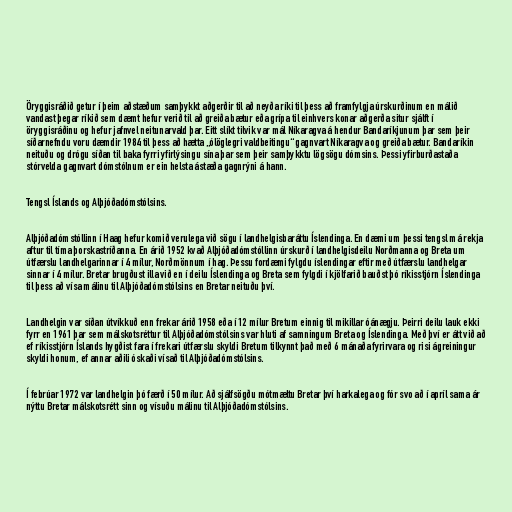
Öryggisráðið getur í þeim aðstæðum samþykkt aðgerðir til að neyða ríki til þess að framfylgja úrskurðinum en málið
vandast þegar ríkið sem dæmt hefur verið til að greiða bætur eða grípa til einhvers konar aðgerða situr sjálft í
öryggisráðinu og hefur jafnvel neitunarvald þar. Eitt slíkt tilvik var mál Níkaragva á hendur Bandaríkjunum þar sem þeir
síðarnefndu voru dæmdir 1984 til þess að hætta „ólöglegri valdbeitingu“ gagnvart Níkaragva og greiða bætur. Bandaríkin
neituðu og drógu síðan til baka fyrri yfirlýsingu sína þar sem þeir samþykktu lögsögu dómsins. Þessi yfirburðastaða
stórvelda gagnvart dómstólnum er ein helsta ástæða gagnrýni á hann.

Tengsl Íslands og Alþjóðadómstólsins.

Alþjóðadómstóllinn í Haag hefur komið verulega við sögu í landhelgisbaráttu Íslendinga. En dæmi um þessi tengsl má rekja
aftur til tíma þorskastríðanna. En árið 1952 kvað Alþjóðadómstóllinn úrskurð í landhelgisdeilu Norðmanna og Breta um
útfærslu landhelgarinnar í 4 mílur, Norðmönnum í hag. Þessu fordæmi fylgdu íslendingar eftir með útfærslu landhelgar
sinnar í 4 mílur. Bretar brugðust illa við en í deilu Íslendinga og Breta sem fylgdi í kjölfarið bauðst þó ríkisstjórn Íslendinga
til þess að vísa málinu til Alþjóðadómstólsins en Bretar neituðu því.

Landhelgin var síðan útvíkkuð enn frekar árið 1958 eða í 12 mílur Bretum einnig til mikillar óánægju. Þeirri deilu lauk ekki
fyrr en 1961 þar sem málskotsréttur til Alþjóðadómstólsins var hluti af samningum Breta og Íslendinga. Með því er átt við að
ef ríkisstjórn Íslands hygðist fara í frekari útfærslu skyldi Bretum tilkynnt það með 6 mánaða fyrirvara og risi ágreiningur
skyldi honum, ef annar aðili óskaði vísað til Alþjóðadómstólsins.

Í febrúar 1972 var landhelgin þó færð í 50 mílur. Að sjálfsögðu mótmæltu Bretar því harkalega og fór svo að í apríl sama ár
nýttu Bretar málskotsrétt sinn og vísuðu málinu til Alþjóðadómstólsins.